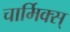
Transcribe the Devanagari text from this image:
चार्मिक्स्